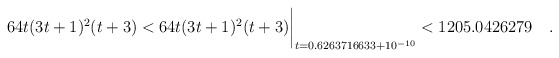
\begin{align*} 64t(3t+1)^2(t+3) < 64t(3t+1)^2(t+3)\biggr\rvert_{t=0.6263716633 + 10^{-10}} < 1205.0426279\quad . \end{align*}